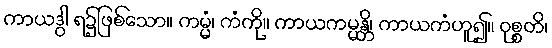
ကာယဒွါ ရ၌ဖြစ်သော။ ကမ္မံ၊ ကံကို။ ကာယကမ္မန္တိ၊ ကာယကံဟူ၍။ ဝုစ္စတိ၊